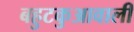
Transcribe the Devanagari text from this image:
बहुटकुआवाली